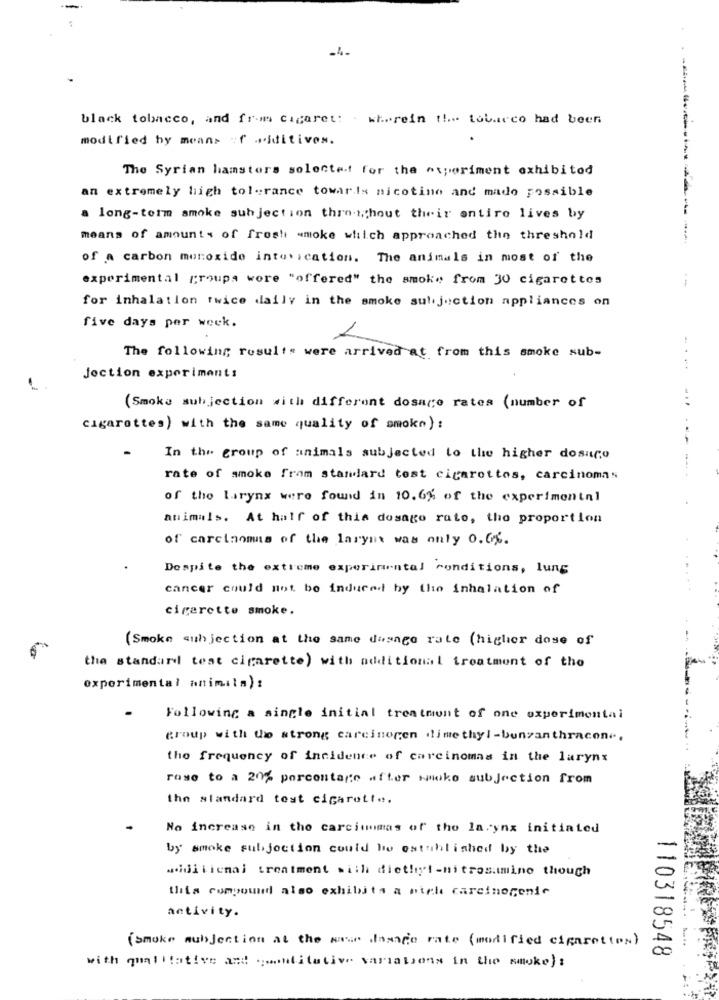
black tobacco, and from cigaret: . wh ... rein !!... tobacco had been
modified by means of miditives.
The Syrian hamsters selectet for the experiment exhibited
an extremely high tolerance towards nicotine and made possible
a long-term smoke subjection thres;hout their entire lives by
means of amounts of fresh smoke which approached the threshold
-------------
of a carbon monoxide intoxication. The animals in most of the
experimental groups wore "offered" the smoke from 30 cigarettes
--
for inhalation twice daily in the smoke suljection appliances on
five days per week.
The following results were arrived at from this smoke sub-
.....
Joction experiment:
...
(Smoke subjection with different dosage rates (number of
cigarettes) with the same quality of smoke) :
In the group of animals subjected to the higher dosuco
rate of smoke from standard test cigarettes, carcinomas
of the larynx were found in 10.6% of the experimental
animals. At half of this dosage rato, the proportion
of carcinomas of the larynx was only 0.0%.
Despite the extreme experimental conditions, lung
cancer could not be induced by the inhalation of
cigarette smoke.
( Smoke subjection at the same dosage rate (higher dose of
the standard test cigarette) with additional treatment of the
experimental animala):
Following a single initial treatment of one experimental
group with the strong carcinogen dimethyl-bunzanthracon ...
the frequency of incidence of carcinomas in the larynx
rose to a 20% percentage after smoke subjection from
the standard test cigarett ...
No increase in the carciunmas of the larynx initiated
by smoke subjection could be established by the
additional treatment with diethyl -nitrosatmino though
this compound also exhibits a nich carcinogenic
activity.
(smoke subjection at the wave dasage rate (modified cigarettes)
110318548
with qualitative and quantitative variations in the smoke) :